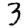
Digit: 3